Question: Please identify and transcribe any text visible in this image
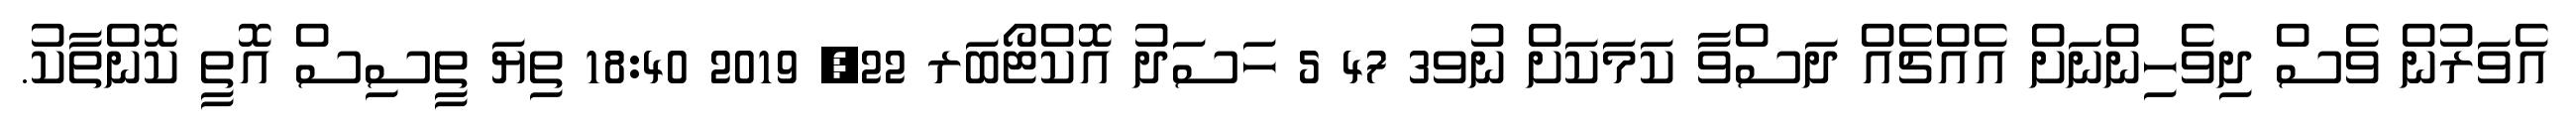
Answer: އެވަރުން ވެސް ދިވެހިންނަށް އެއްޗެއް ދަސްވާ ކަމަކަށް ނުވ3 47 5 ހަސަދު އޮކްޓޯބަރ 22, 2019 18:40 ތިޔަ ތީސިސް އޮތީ ކޮންތާކު.